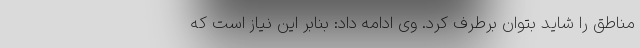
مناطق را شاید بتوان برطرف کرد. وی ادامه داد: بنابر این نیاز است که